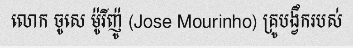
លោក ចូសេ ម៉ូរីញ៉ូ (Jose Mourinho) គ្រូបង្វឹករបស់